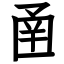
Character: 圅